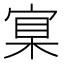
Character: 𡩈